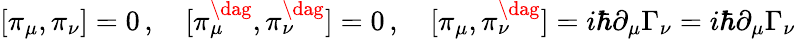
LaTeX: [\pi_{\mu},\pi_{\nu}]=0\, ,\quad[\pi_{\mu}^{\dag},\pi_{\nu}^{\dag}]=0\, ,\quad[\pi_{\mu},\pi_{\nu}^{\dag}]=i\hbar\partial_{\mu}\Gamma_{\nu}=i\hbar\partial_{\mu}\Gamma_{\nu}